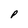
Character: p